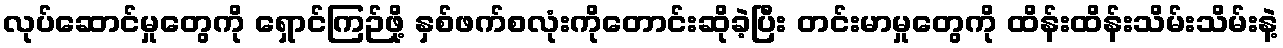
လုပ်ဆောင်မှုတွေကို ရှောင်ကြဉ်ဖို့ နှစ်ဖက်စလုံးကိုတောင်းဆိုခဲ့ပြီး တင်းမာမှုတွေကို ထိန်းထိန်းသိမ်းသိမ်းနဲ့